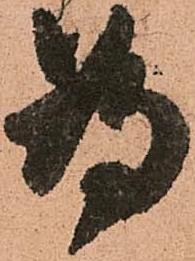
為